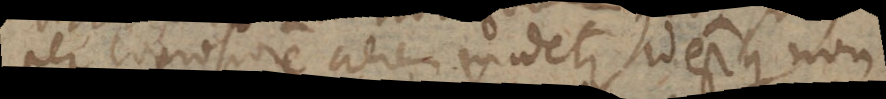
per copiosiorem aerem videtur, id est quod non